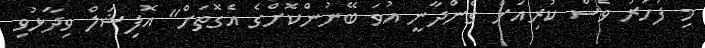
މި ފަހަރު ވެސް ކުރިއަށް ގެންދާނީ އުވަ ބޭނުންކޮށްގެ އެގޮތަށް" އޮފިޝަލް ވިދާޅުވި